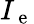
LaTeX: I_{\mathrm{~e~}}